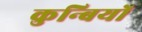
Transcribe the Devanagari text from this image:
कुन्बियों